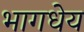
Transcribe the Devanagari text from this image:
भागधेय